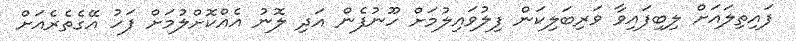
ފައިތިލައަށް ލިބިފައިވާ ވަރިބަލިކަން ފިލުވައިލުމަށް ހޫނުފެން އަދި ލޮނު އެއްކޮށްލުމަށް ފަހު އޭގެތެރެއަށް